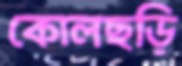
কোলছড়ি